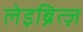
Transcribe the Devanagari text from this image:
लेइब्नित्ज़